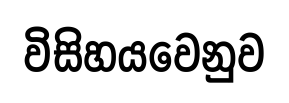
විසිහයවෙනුව